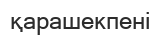
қарашекпені